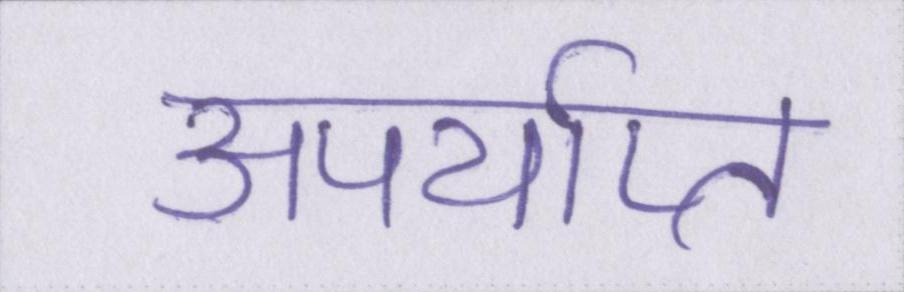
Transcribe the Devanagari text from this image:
अपर्याप्त